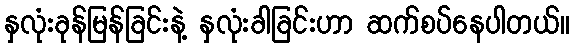
နှလုံးခုန်မြန်ခြင်းနဲ့ နှလုံးခါခြင်းဟာ ဆက်စပ်နေပါတယ်။